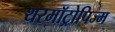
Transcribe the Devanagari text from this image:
थरमॉट्रोपिज्म